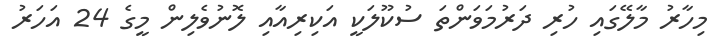
މިހާރު މާލޭގައި ހުރި ދަރުމަވަންތަ ސުކޫލަކީ އަކިރިއާއި ލޮނުވެލިން މީގެ 24 އަހަރު